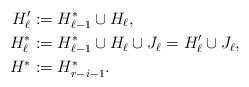
LaTeX: \begin{align*}H_\ell' &:=H_{\ell-1}^\ast\cup H_\ell,\\H_\ell^\ast &:=H_{\ell-1}^\ast\cup H_\ell \cup J_\ell=H_\ell' \cup J_\ell,\\H^\ast &:=H_{r-i-1}^\ast.\end{align*}